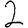
Digit: 2